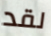
لقد